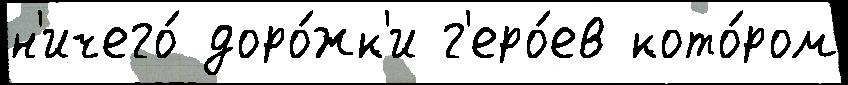
н'ичего́ доро́жк'и г'еро́ев кото́ром